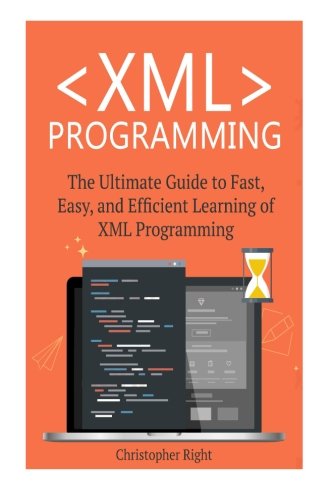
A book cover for XML Programming: The Ultimate Guide to Fast, Easy, and Efficient Learning of XML Programming (Operating system, Projects, XML Programming, DTD's, HTML5, JavaScript); Christopher Right; Computers & Technology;